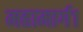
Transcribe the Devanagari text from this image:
महामार्ग१